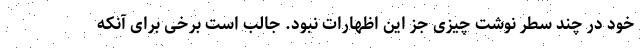
خود در چند سطر نوشت چیزی جز این اظهارات نبود. جالب است برخی برای آنکه